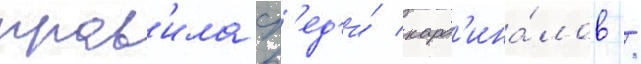
прав'ила ср'ед'и́ кард'ина́лов /